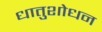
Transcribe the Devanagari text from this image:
धातुशोधन